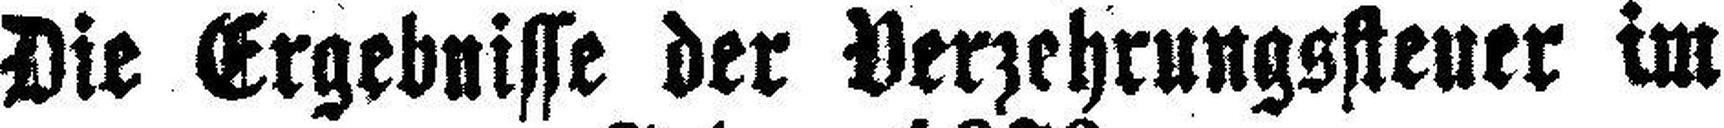
Die Ergebnisse der Verzehrungssteuer im